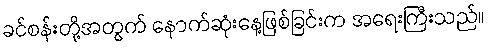
ခင်စန်းတို့အတွက် နောက်ဆုံးနေ့ဖြစ်ခြင်းက အရေးကြီးသည်။